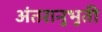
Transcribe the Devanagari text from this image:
अंतरानुभूती